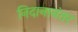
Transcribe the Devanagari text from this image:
निदानानंतर